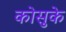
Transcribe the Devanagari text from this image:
कोसुके